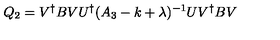
Q _ { 2 } = V ^ { \dagger } B V U ^ { \dagger } ( A _ { 3 } - k + \lambda ) ^ { - 1 } U V ^ { \dagger } B V